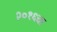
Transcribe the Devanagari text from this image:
२०१६चा